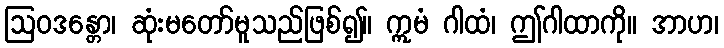
ဩဝဒန္တော၊ ဆုံးမတော်မူသည်ဖြစ်၍။ ဣမံ ဂါထံ၊ ဤဂါထာကို။ အာဟ၊